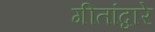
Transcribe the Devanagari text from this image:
गीतांद्वारे